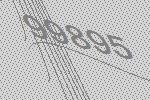
99895